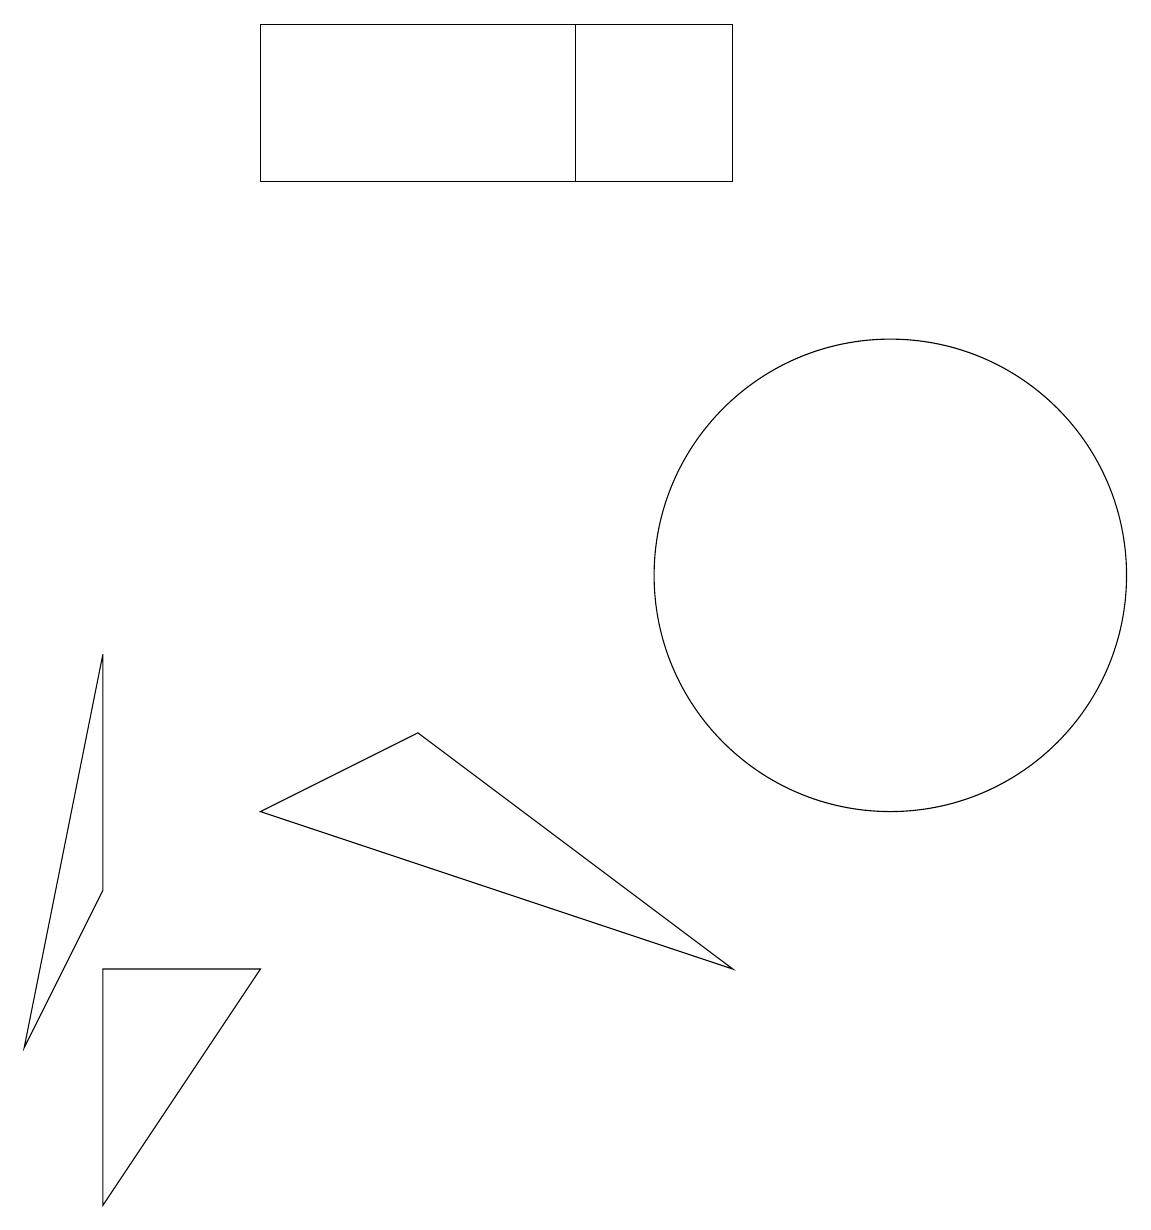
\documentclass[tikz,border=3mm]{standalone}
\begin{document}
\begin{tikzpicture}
\draw (1,2) -- (1,5) -- (3,5) -- cycle;
\draw (9,17) rectangle (7,15);
\draw (9,5) -- (5,8) -- (3,7) -- cycle;
\draw (0,4) -- (1,9) -- (1,6) -- cycle;
\draw (11,10) circle (3);
\draw (3,15) rectangle (9,17);
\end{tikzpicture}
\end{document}